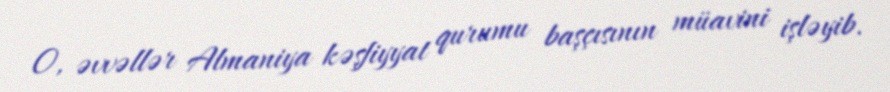
O, əvvəllər Almaniya kəşfiyyat qurumu başçısının müavini işləyib.